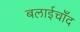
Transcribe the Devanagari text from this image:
बलाईचाँद